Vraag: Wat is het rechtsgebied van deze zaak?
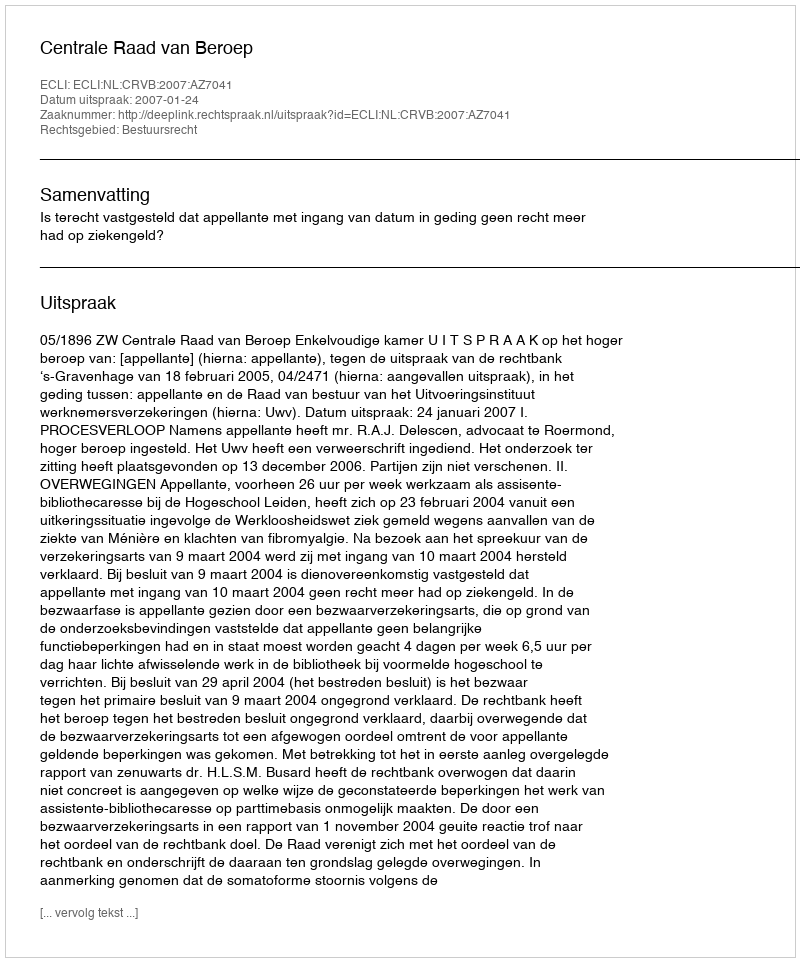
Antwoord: Bestuursrecht